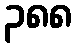
၃၈၈